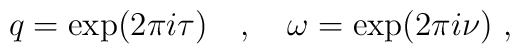
q = \exp ( 2 \pi i \tau ) ~~~ , ~~~ \omega =        \exp ( 2 \pi i \nu ) ~,